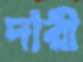
দারী